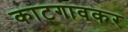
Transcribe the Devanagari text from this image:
काटगावकर